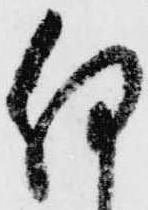
何